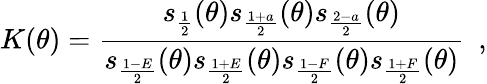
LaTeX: K(\theta)=\frac{s_{\frac{1}{2}}(\theta)s_{\frac{1+a}{2}}(\theta)s_{\frac{2-a}{2}}(\theta)}{s_{\frac{1-E}{2}}(\theta)s_{\frac{1+E}{2}}(\theta)s_{\frac{1-F}{2}}(\theta)s_{\frac{1+F}{2}}(\theta)}\, \, \, ,